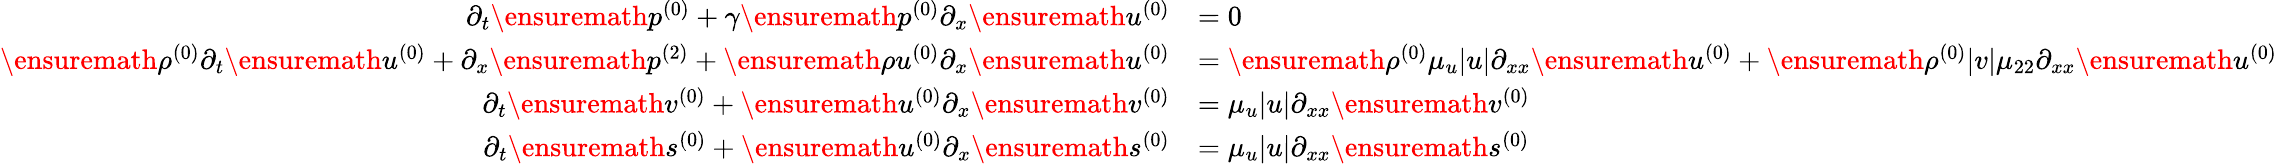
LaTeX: \begin{array}{rl}{\partial_{t}\ensuremath{p^{(0)}}+\gamma\ensuremath{p^{(0)}}\partial_{x}\ensuremath{u^{(0)}}}&{=0}\\ {\ensuremath{\rho^{(0)}}\partial_{t}\ensuremath{u^{(0)}}+\partial_{x}\ensuremath{p^{(2)}}+\ensuremath{\rho u^{(0)}}\partial_{x}\ensuremath{u^{(0)}}}&{=\ensuremath{\rho^{(0)}}\mu_{u}|u|\partial_{xx}\ensuremath{u^{(0)}}+\ensuremath{\rho^{(0)}}|v|\mu_{22}\partial_{xx}\ensuremath{u^{(0)}}}\\ {\partial_{t}\ensuremath{v^{(0)}}+\ensuremath{u^{(0)}}\partial_{x}\ensuremath{v^{(0)}}}&{=\mu_{u}|u|\partial_{xx}\ensuremath{v^{(0)}}}\\ {\partial_{t}\ensuremath{s^{(0)}}+\ensuremath{u^{(0)}}\partial_{x}\ensuremath{s^{(0)}}}&{=\mu_{u}|u|\partial_{xx}\ensuremath{s^{(0)}}}\end{array}